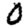
Digit: 0